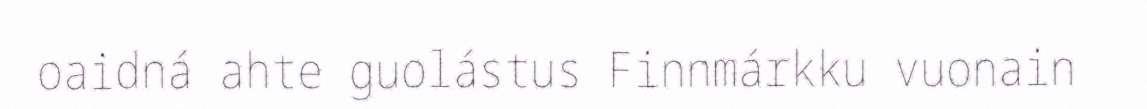
oaidná ahte guolástus Finnmárkku vuonain